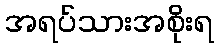
အရပ်သားအစိုးရ